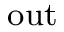
{ \it \Omega } _ { \mathrm { { o u t } } }